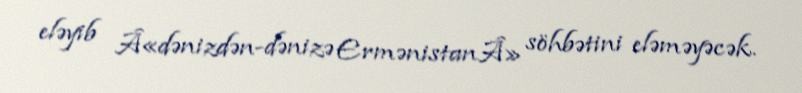
eləyib Â«dənizdən-dənizə ErmənistanÂ» söhbətini eləməyəcək.